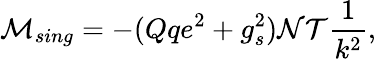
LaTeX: {\cal M}_{sing}=-(Qqe^{2}+g_{s}^{2}){\cal NT}\frac{1}{k^{2}},